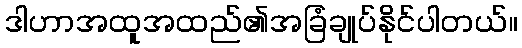
ဒါဟာအထူအထည်၏အခြံချုပ်နိုင်ပါတယ်။